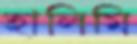
হালিমি